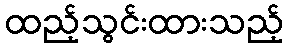
ထည့်သွင်းထားသည့်